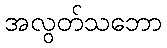
အလွတ်သဘော